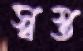
স্বস্ত